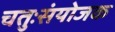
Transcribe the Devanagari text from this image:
चतुःसंयोजक